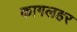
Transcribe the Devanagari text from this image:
कागलहर